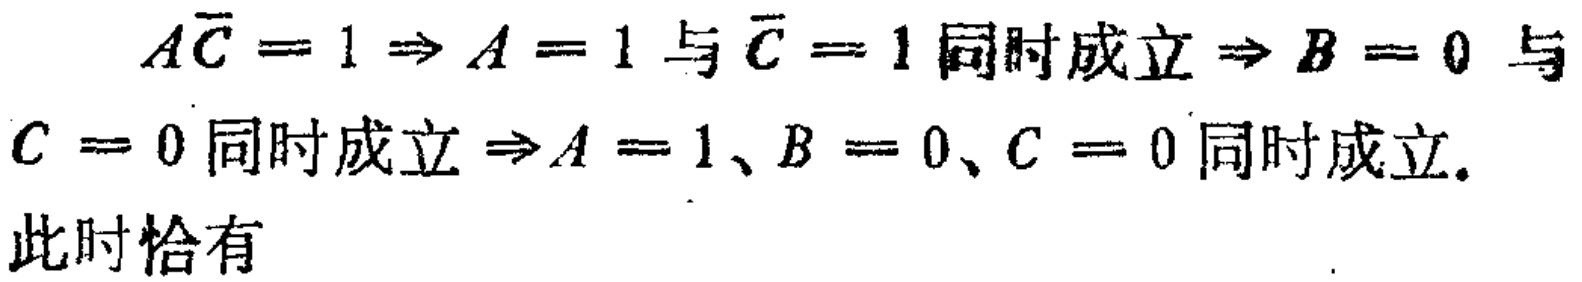
\(A\overline{C}=1\Rightarrow A = 1\text{ 与 }\overline{C}=1\text{ 同时成立}\Rightarrow B = 0\text{ 与 }\\C = 0\text{ 同时成立}\Rightarrow A = 1、B = 0、C = 0\text{ 同时成立}.\\\text{此时恰有}\)